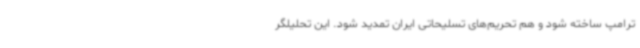
ترامپ ساخته شود و هم تحریم‌های تسلیحاتی ایران تمدید شود. این تحلیلگر